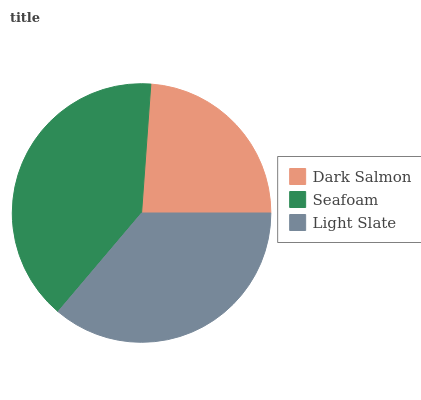
| Dark Salmon | Seafoam | Light Slate |
 | --- | --- | --- |
 | 23.9% | 40% | 36.1% |